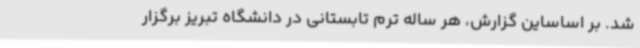
شد. بر اساساین گزارش، هر ساله ترم تابستانی در دانشگاه تبریز برگزار